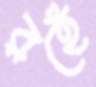
রহেঁ